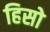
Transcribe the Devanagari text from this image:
हिसो